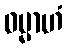
ဓမ္မာဟံ